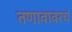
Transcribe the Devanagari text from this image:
तणावावरचं